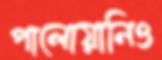
পালোয়ানিও